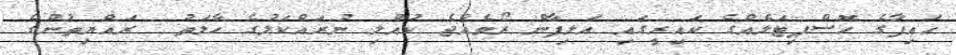
ހައިފާގެ ހޮސްޕިޓަލެއްގެ ކައިރީގައި އަލިފާން ރޯވެއްޖެ ކުއްލި ނުރައްކަލުގެ ހާލަތު  ރައްޔިތުންގެ